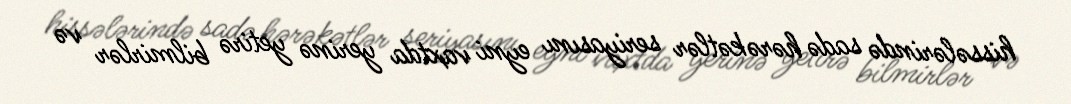
hissələrində sadə hərəkətlər seriyasını eyni vaxtda yerinə yetirə bilmirlər və